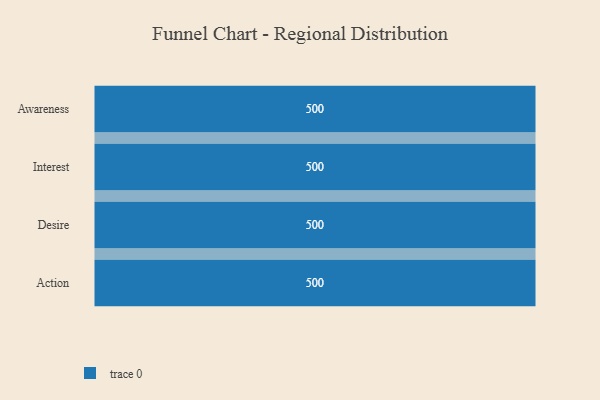
{"axis": {"x": "Stage", "y": "Value"}, "legend": [""], "data": [{"x": "Awareness", "y": 500, "type": ""}, {"x": "Interest", "y": 500, "type": ""}, {"x": "Desire", "y": 500, "type": ""}, {"x": "Action", "y": 500, "type": ""}]}